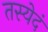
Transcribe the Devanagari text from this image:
तस्येदं